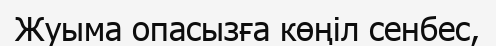
Жуыма опасызға көңіл сенбес,